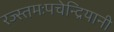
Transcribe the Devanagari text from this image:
रज्स्तमःपचेन्द्रियानी